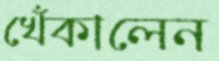
খেঁকালেন